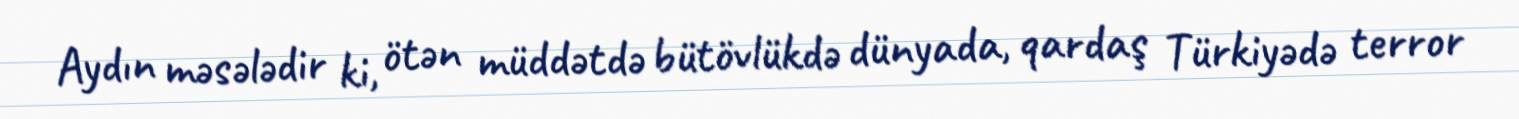
Aydın məsələdir ki, ötən müddətdə bütövlükdə dünyada, qardaş Türkiyədə terror